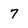
Character: 7